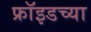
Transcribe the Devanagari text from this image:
फ्राॅइडच्या